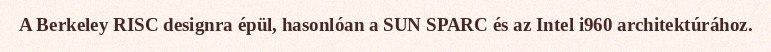
A Berkeley RISC designra épül, hasonlóan a SUN SPARC és az Intel i960 architektúrához.